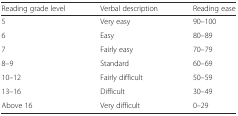
| Reading grade level | Verbal description | Reading ease |
 | --- | --- | --- |
 | 5 | Very easy | 90–100 |
 | 6 | Easy | 80–89 |
 | 7 | Fairly easy | 70–79 |
 | 8–9 | Standard | 60–69 |
 | 10–12 | Fairly difficult | 50–59 |
 | 13–16 | Difficult | 30–49 |
 | Above 16 | Very difficult | 0–29 |